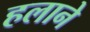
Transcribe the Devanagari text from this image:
हलाने